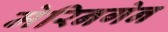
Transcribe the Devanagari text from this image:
मेरिनगेन